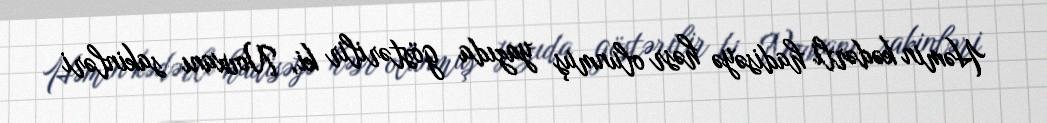
Həmin kədərli hadisəyə həsr olunmuş yazıda göstərilir ki, Novxanı sakinləri